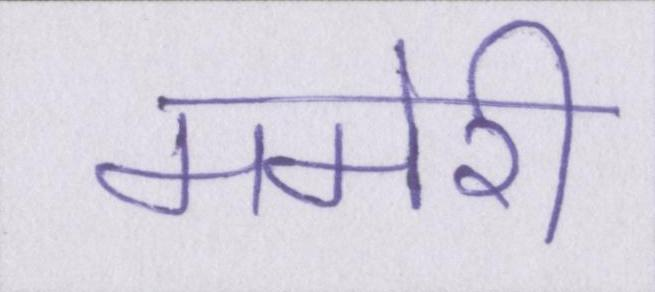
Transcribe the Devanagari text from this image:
ममेरी